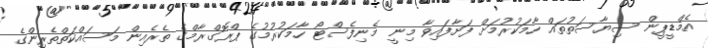
އެމްޑީޕީން ސިޔާސަތުތައް ހާމަކުރުމަށް ފަށާފައިވާ މިނީ މެނިފެސްޓޯ ހާމަކުރުމުގެ ޕްރޮގްރާމްގެ ތެރެއިން މަސައްކަތްތެރިންގެ